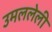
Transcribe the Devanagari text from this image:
उमललेली